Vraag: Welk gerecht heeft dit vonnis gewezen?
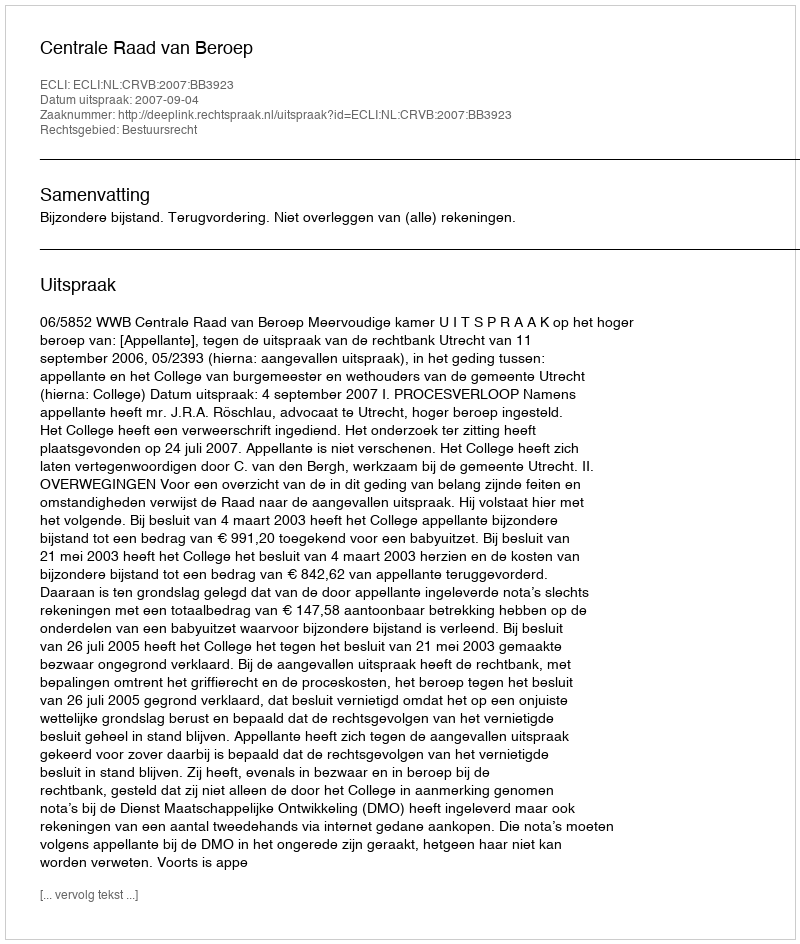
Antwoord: Centrale Raad van Beroep